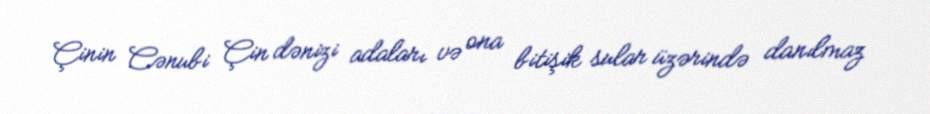
Çinin Cənubi Çin dənizi adaları və ona bitişik sular üzərində danılmaz